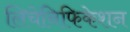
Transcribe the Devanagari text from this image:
लिचेनिफिकेशन